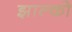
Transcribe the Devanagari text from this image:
झाल्को